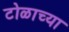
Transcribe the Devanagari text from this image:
टोळाच्या